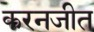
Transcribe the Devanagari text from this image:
करनजीत